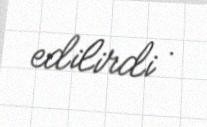
edilirdi .